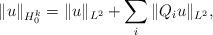
LaTeX: \begin{align*}\| u \|_{H^k_0}=\| u \|_{L^2} + \sum_i \| Q_i u \|_{L^2},\end{align*}